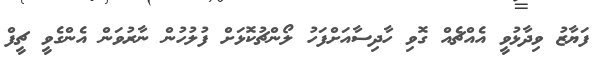
ފަޔާޒު ވިދާޅުވީ އެއްޗެއް ގޮވި ހާދިސާއަށްފަހު ލޯންޗުކޮޅަށް ފުލުހުން ނާރުވަން އެންގެވީ ޗީފް